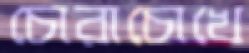
চোরাচোখে